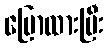
ပြောထားပြီး